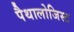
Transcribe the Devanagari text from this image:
पैथालोजिस्ट